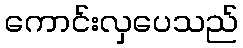
ကောင်းလှပေသည်